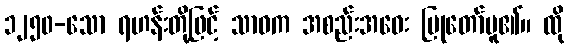
၁၂၅၀-သော ရဟန်းတို့ဖြင့် သာဝက အစည်းအဝေး ပြုတော်မူ၏။ ထို